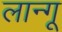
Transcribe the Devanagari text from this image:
लान्गू